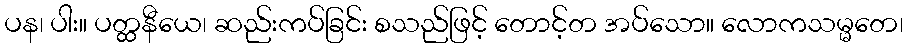
ပန၊ ပါး။ ပတ္ထနီယေ၊ ဆည်းကပ်ခြင်း စသည်ဖြင့် တောင့်တ အပ်သော။ လောကသမ္မတေ၊